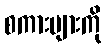
စကားများကို